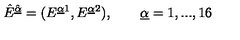
\hat { E } ^ { \hat { \underline { { \alpha } } } } = ( E ^ { \underline { { \alpha } } 1 } , E ^ { { \underline { { \alpha } } } 2 } ) , \qquad { \underline { { \alpha } } } = 1 , . . . , 1 6